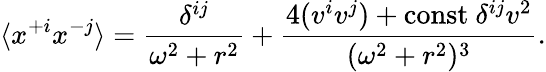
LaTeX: \langle x^{+i}x^{-j}\rangle={\frac{\delta^{ij}}{\omega^{2}+r^{2}}}+{\frac{4(v^{i}v^{j})+\mathrm{const}\ \delta^{ij}v^{2}}{(\omega^{2}+r^{2})^{3}}}.